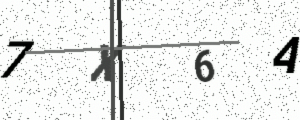
Text: 7X6A